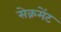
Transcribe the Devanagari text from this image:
सेक्रमेंट